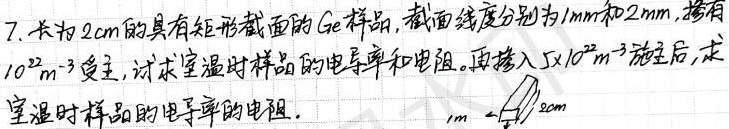
7. 长为\(2cm\)的具有矩形截面的\(Ge\)样品，截面线度分别为\(1mm\)和\(2mm\)，掺有\(10^{22}m^{-3}\)受主，试求室温时样品的电导率和电阻。再掺入\(5\times10^{22}m^{-3}\)施主后，求室温时样品的电导率和电阻。
\(1m\) \(2cm\)